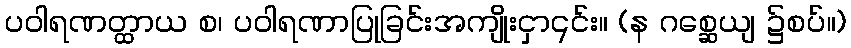
ပဝါရဏတ္ထာယ စ၊ ပဝါရဏာပြုခြင်းအကျိုးငှာ၎င်း။ (န ဂစ္ဆေယျ ၌စပ်။)